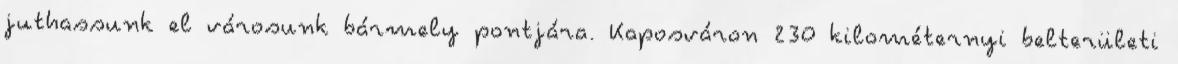
juthassunk el városunk bármely pontjára. Kaposváron 230 kilométernyi belterületi